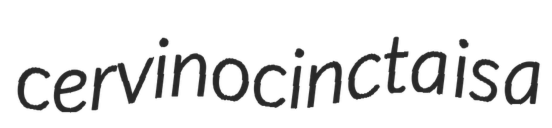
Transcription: cervinocincta is a